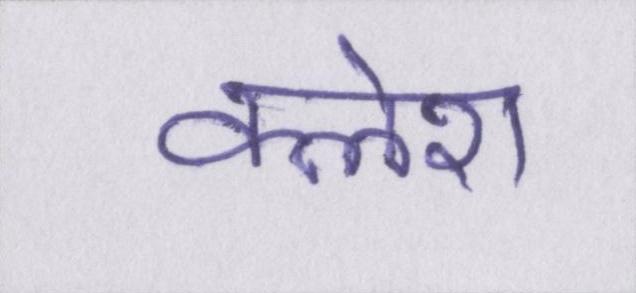
क्लेश